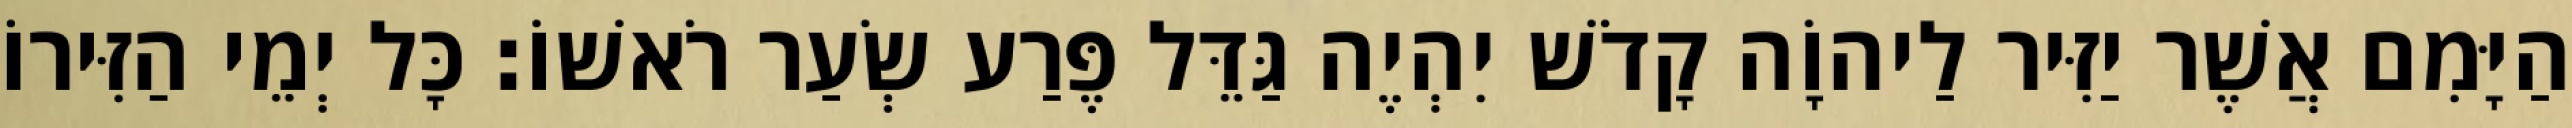
הַיָּמִם אֲשֶׁר יַזִּיר לַיהוָֹה קָדֹשׁ יִהְיֶה גַּדֵּל פֶּרַע שְׂעַר רֹאשׁוֹ׃ כָּל יְמֵי הַזִּירוֹ